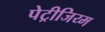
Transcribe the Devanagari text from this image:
पेट्रीजिय्म